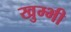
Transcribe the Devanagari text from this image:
खुम्भी